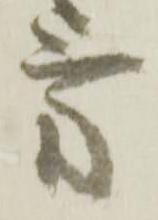
方